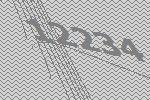
12234